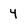
Character: 4